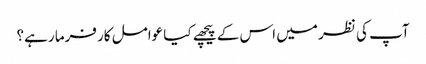
آپ کی نظر میں اس کے پیچھے کیا عوامل کارفرما رہے؟